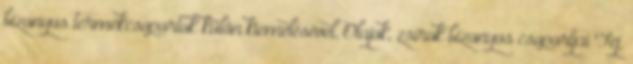
bizonyos termékcsoportok külön kiemelésével, Olajok, zsírok bizonyos csoportjai Tej,